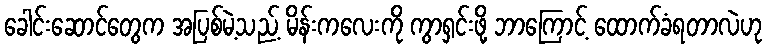
ခေါင်းဆောင်တွေက အပြစ်မဲ့သည့် မိန်းကလေးကို ကွာရှင်းဖို့ ဘာကြောင့် ထောက်ခံရတာလဲဟု